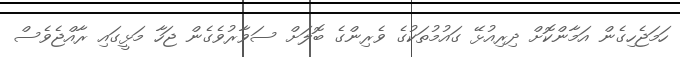
ހަމަޖެހިގެން އަމާންކޮށް ދިރިއުޅޭ ގައުމުތަކުގެ ވެރިންގެ ބޮލަށް ސަވާރުވެގެން ޖަހާ މަޅީގައި ރާއްޖެވެސް